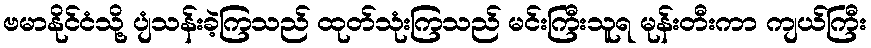
ဗမာနိုင်ငံသို့ ပျံသန်းခဲ့ကြသည် ထုတ်သုံးကြသည် မင်းကြီးသူရ မုန်းတီးကာ ကျယ်ကြီး